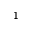
1